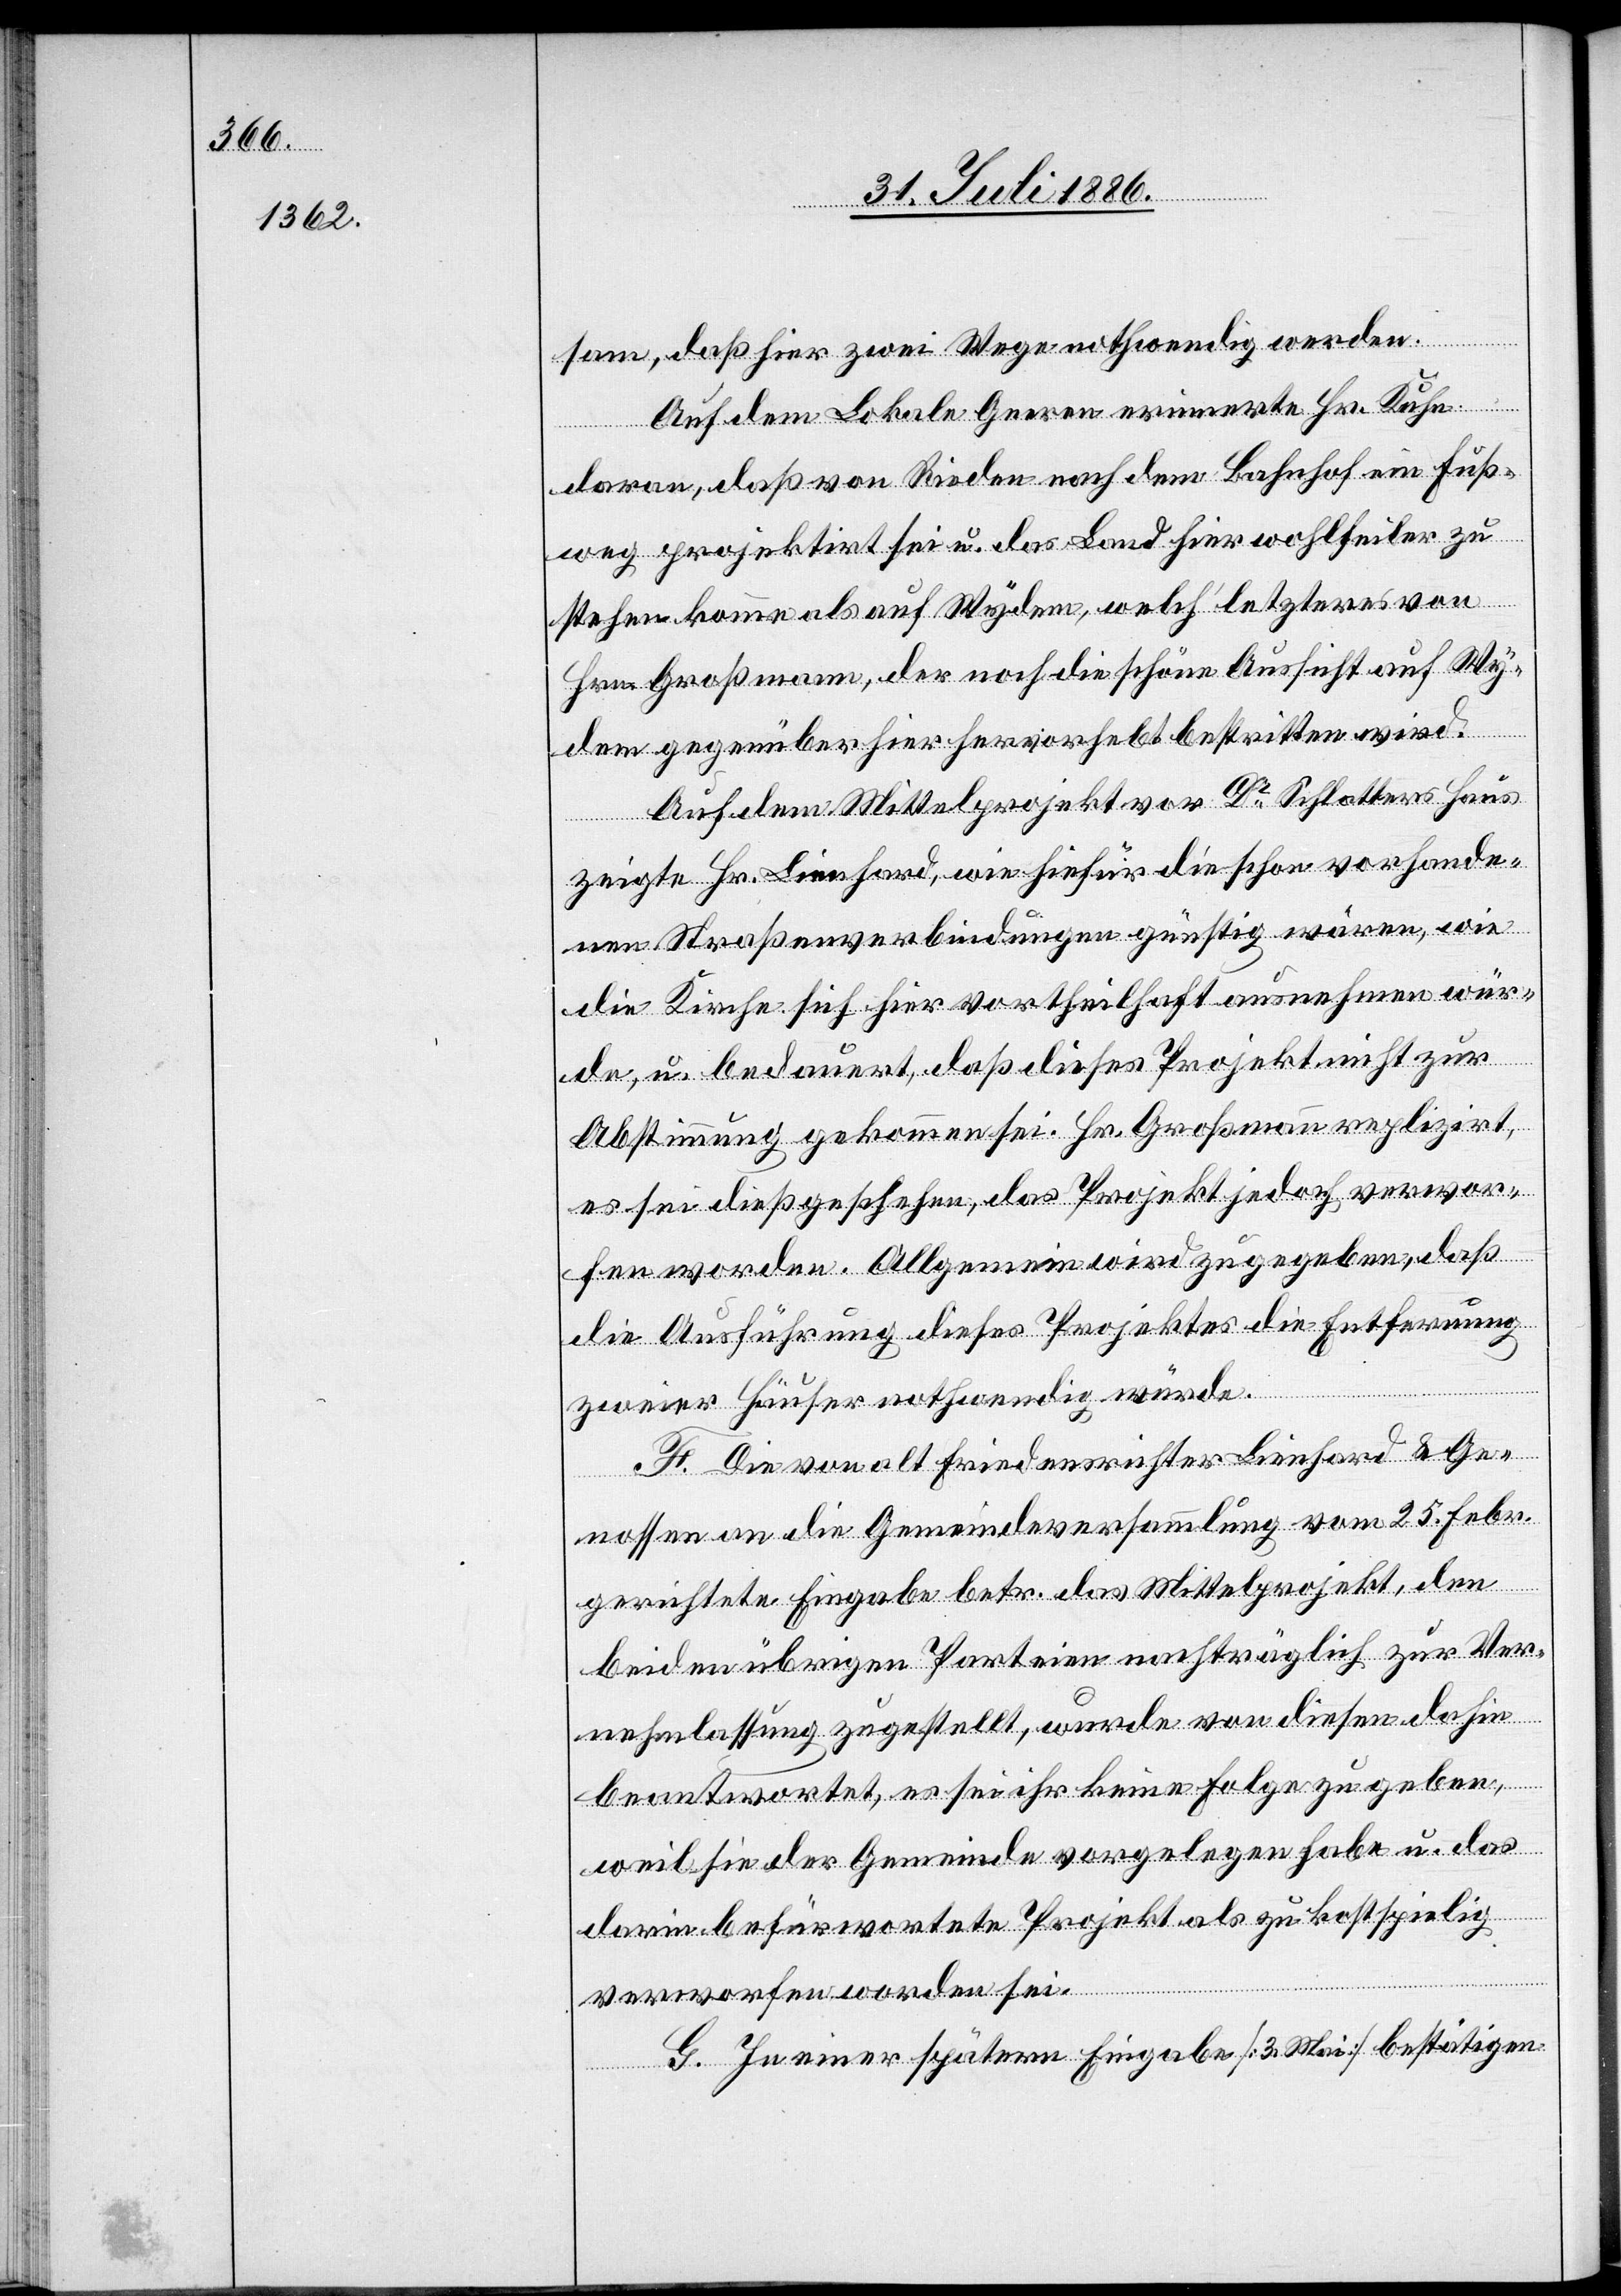
sam, daß hier zwei Wege nothwendig werden.
Auf dem Lokale Geeren erinnerte Hr. Kuhn
daran, daß von Rieden nach dem Bahnhof ein Fuß¬
weg projektirt sei u. das Land hier wohlfeiler zu
stehen komme als auf Wydem, welch’ letzteres von
Hrn. Großmann, der noch die schöne Aussicht auf Wy¬
dem gegenüber hier hervorhebt bestritten wird.
Auf dem Mittelprojekt vor Dr Schlatters Haus
zeigte Hr. Lienhard, wie hiefür die schon vorhande¬
nen Straßenverbindungen günstig wären, wie
die Kirche sich hier vortheilhaft ausnehmen wür¬
de, u. bedauert, daß dieses Projekt nicht zu
Abstimmung gekommen sei. Hr. Großmann replizirt,
es sei dieß geschehen, das Projekt jedoch verwor¬
fen worden. Allgemein wird zugegeben, daß
die Ausführung dieses Projekts die Entfernung
zweier Häuser nothwendig würde.
F. Die von alt Friedensrichter Lienhard & Ge¬
nossen an die Gemeindeversammlung vom 25. Febr.
gerichtete Eingabe betr. das Mittelprojekt, den
beiden übrigen Parteien nachträglich zur Ver¬
nehmlassung zugestellt, wurde von diesen dahin
beantwortet, es sei ihr keine Folge zu geben,
weil sie der Gemeinde vorgelegen habe u. das
darin befürwortete Projekt als zu kostspielig
verworfen worden sei.
G. In einer spätern Eingabe [3. Mai] bestätigen